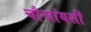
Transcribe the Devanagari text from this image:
चौऱ्यांयशीं